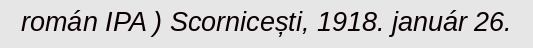
román IPA ) Scornicești, 1918. január 26.